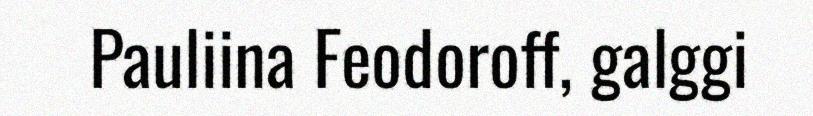
Pauliina Feodoroff, galggi